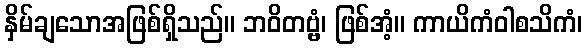
နှိမ်ချသောအဖြစ်ရှိသည်။ ဘဝိတဗ္ဗံ၊ ဖြစ်အံ့။ ကာယိကံဝါစသိကံ၊